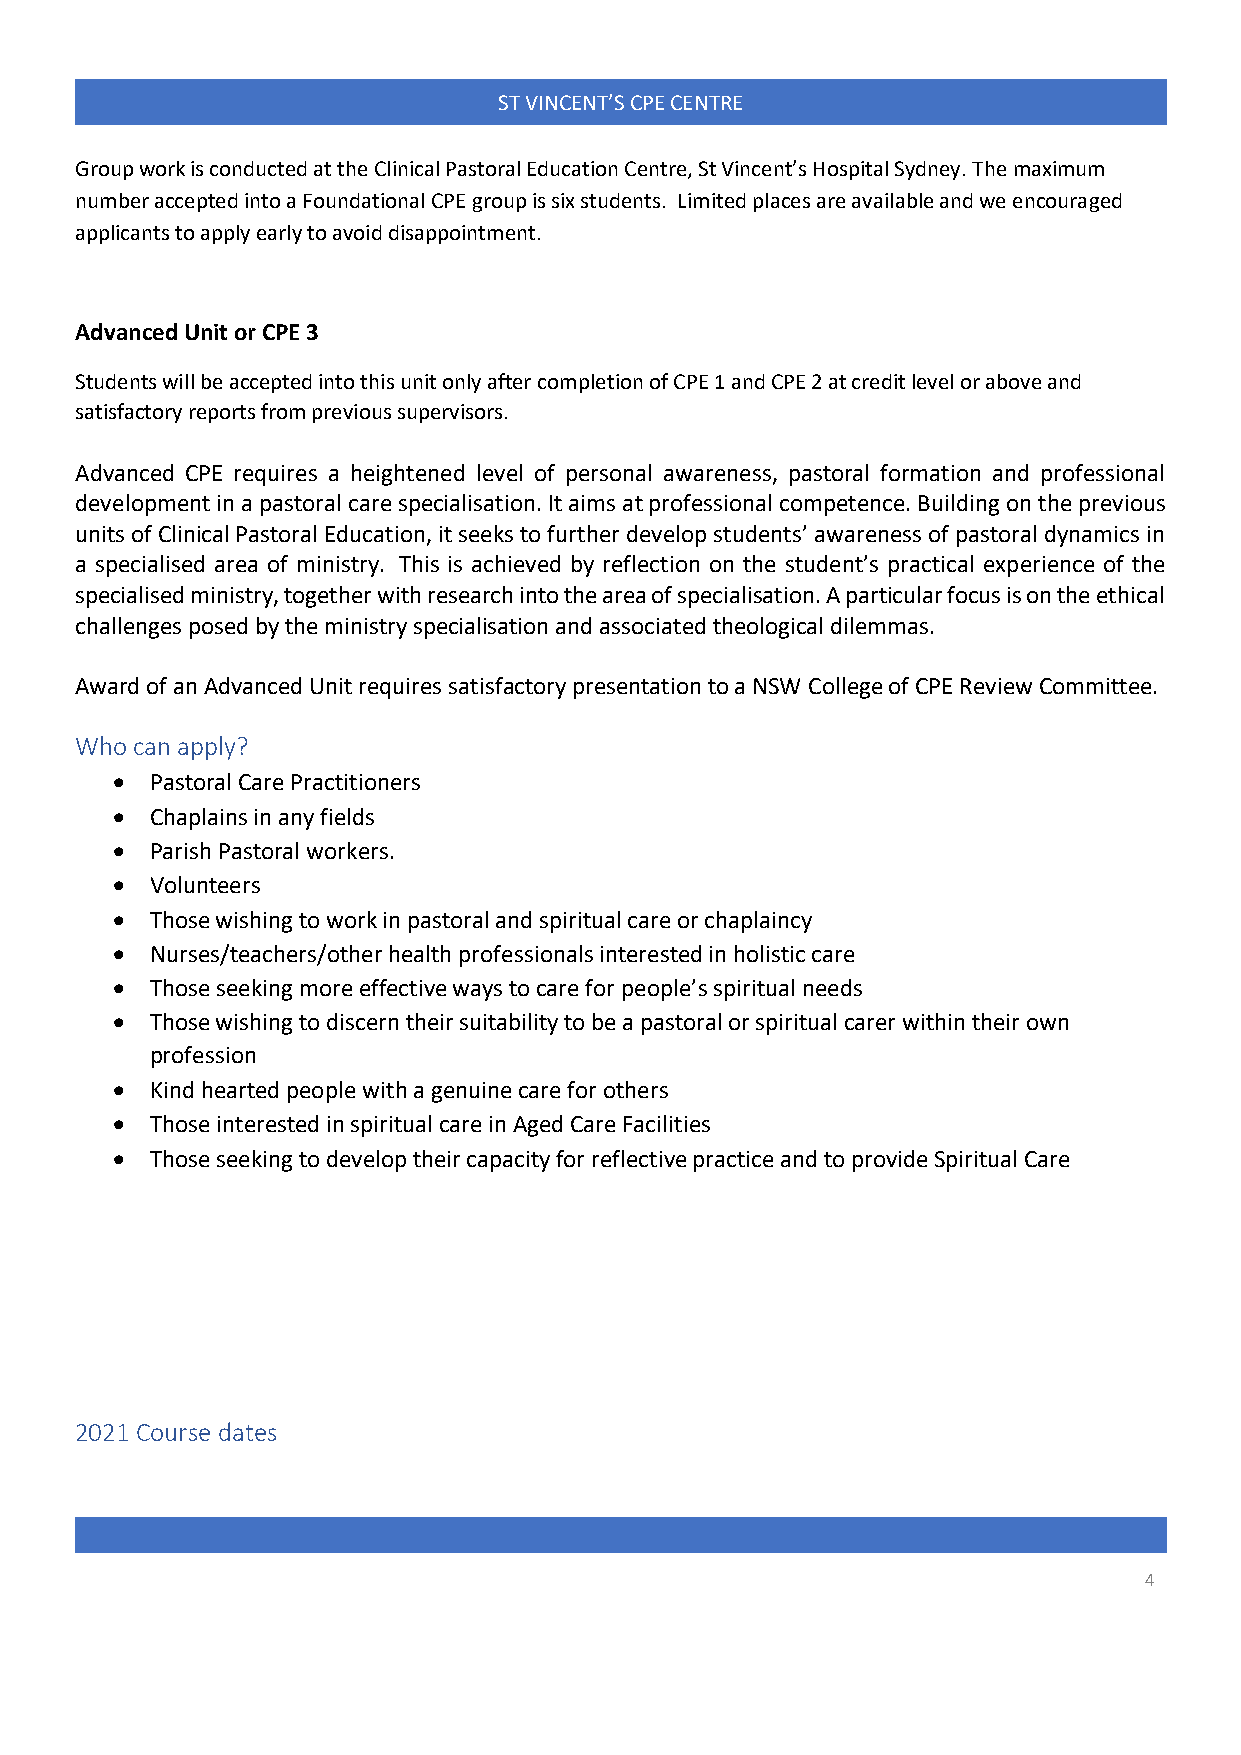
ST VINCENT’S CPE CENTRE
 Group work is conducted at the Clinical Pastoral Education Centre, St Vincent’s Hospital Sydney. The maximum
 number accepted into a Foundational CPE group is six students. Limited places are available and we encouraged
 applicants to apply early to avoid disappointment.
 Advanced Unit or CPE 3
 Students will be accepted into this unit only after completion of CPE 1 and CPE 2 at credit level or above and
 satisfactory reports from previous supervisors.
 Advanced CPE requires a heightened level of personal awareness, pastoral formation and professional
 development in a pastoral care specialisation. It aims at professional competence. Building on the previous
 units of Clinical Pastoral Education, it seeks to further develop students’ awareness of pastoral dynamics in
 a specialised area of ministry. This is achieved by reflection on the student’s practical experience of the
 specialised ministry, together with research into the area of specialisation. A particular focus is on the ethical
 challenges posed by the ministry specialisation and associated theological dilemmas.
 Award of an Advanced Unit requires satisfactory presentation to a NSW College of CPE Review Committee.
 Who can apply?
 •  Pastoral Care Practitioners
 •  Chaplains in any fields
 •  Parish Pastoral workers.
 •  Volunteers
 •  Those wishing to work in pastoral and spiritual care or chaplaincy
 •  Nurses/teachers/other health professionals interested in holistic care
 •  Those seeking more effective ways to care for people’s spiritual needs
 •  Those wishing to discern their suitability to be a pastoral or spiritual carer within their own
 profession
 •  Kind hearted people with a genuine care for others
 •  Those interested in spiritual care in Aged Care Facilities
 •  Those seeking to develop their capacity for reflective practice and to provide Spiritual Care
 2021 Course dates
 4